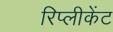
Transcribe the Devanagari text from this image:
रिप्लीकेंट